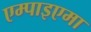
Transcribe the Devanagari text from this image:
एम्पाइएमा